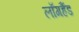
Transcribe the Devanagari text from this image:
लाँगहैंड